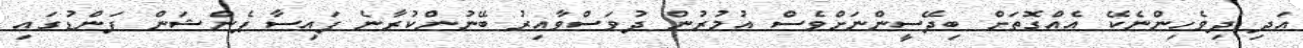
އަދި ދިވެހިންނެކޭ އެއްގޮތަށް ބިދޭސީންނަށްވެސް އުމުރުން ދުވަސްވާއިރު ބޭނުންކުރާނެ ފައިސާ ޕެންޝަން ފަންޑުގައި